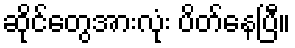
ဆိုင်တွေအားလုံး ပိတ်နေပြီ။